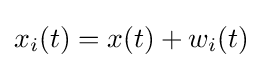
x_{i}(t)=x(t)+w_{i}(t)